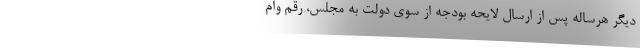
دیگر هرساله پس از ارسال لایحه بودجه از سوی دولت به مجلس، رقم وام